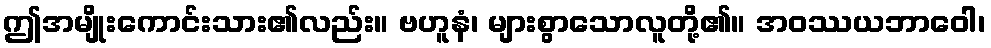
ဤအမျိုးကောင်းသား၏လည်း။ ဗဟူနံ၊ များစွာသောလူတို့၏။ အဝဿယဘာဝေါ၊